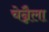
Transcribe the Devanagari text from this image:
चेन्नैला